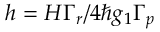
h = { H \Gamma _ { r } } / { 4 \hbar g _ { 1 } \Gamma _ { p } }